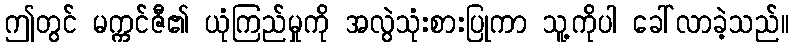
ဤတွင် မက္ကင်ဇီ၏ ယုံကြည်မှုကို အလွဲသုံးစားပြုကာ သူ့ကိုပါ ခေါ်လာခဲ့သည်။